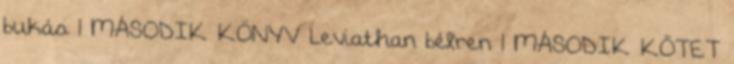
bukás 1 MÁSODIK KÖNYV Leviathan bélren 1 MÁSODIK KÖTET